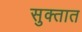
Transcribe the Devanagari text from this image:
सुक्तात